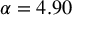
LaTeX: \alpha = 4 . 9 0